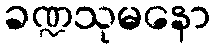
ခဏ္ဍသုမနော